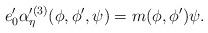
LaTeX: \begin{align*}e'_0 \alpha'^{(3)}_{\eta} (\phi,\phi',\psi)=m(\phi,\phi')\psi.\end{align*}